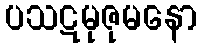
ပသဋမုဇုမနော